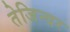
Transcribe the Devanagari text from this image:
तेजिन्दर